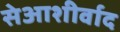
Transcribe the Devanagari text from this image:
सेआशीर्वाद